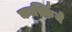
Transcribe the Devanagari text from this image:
कार्स्किये